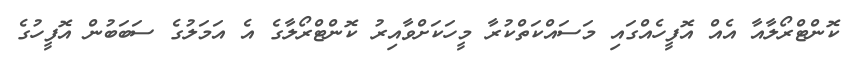
ކޮންޓްރޯލާއާ އެއް އޮފީހެއްގައި މަސައްކަތްކުރާ މީހަކަށްވާއިރު ކޮންޓްރޯލާގެ އެ އަމަލުގެ ސަބަބުން އޮފީހުގެ